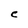
Character: C